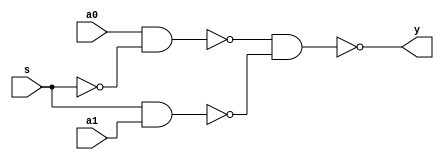
`timescale 1ns / 1ps
//////////////////////////////////////////////////////////////////////////////////
// Company: CASEST, University of Hyderabad
// 
// Design Name: 
// Module Name: 2x1_mux_str
// Project Name: 
// Target Devices: 
// Tool Versions: 
// Description: 
// 
// Dependencies: 
// 
// Revision:
// Revision 0.01 - File Created
// Additional Comments:
// 
//////////////////////////////////////////////////////////////////////////////////


module _2x1_mux_str(
    output y,
    input s,
    input a0,
    input a1
    );
    wire w1,w2,nw_1;
    
    not n1(nw_1,s); //s'
    
    nand nd1(w1,a0,nw_1); //s' ND a0
    
    nand nd2(w2,s,a1); //s ND a1
    
    nand nd3(y,w1,w2); // final ND to give y
    
    
endmodule